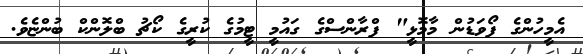
އެމީހުންގެ ފޯވަޑުން މާމޮޅީ" ފްރާންސްގެ ގައުމީ ޓީމުގެ ކުރީގެ ކޯޗު ބްލޮންކް ބުންޏެވެ.